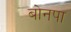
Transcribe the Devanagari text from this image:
बोनपा